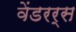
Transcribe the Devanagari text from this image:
वेंडरर्स